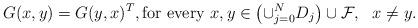
LaTeX: \begin{align*}G(x,y)=G(y,x)^T, \mbox{for every }x,y \in \left (\cup_{j=0}^N D_j \right ) \cup \mathcal{F}, \ \ x \neq y.\end{align*}